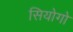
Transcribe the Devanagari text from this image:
सियोगो